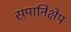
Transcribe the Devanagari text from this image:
संपानिक्षेप